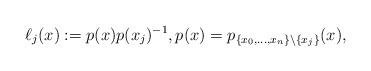
LaTeX: \begin{align*}\ell_j(x):= p(x) p(x_j)^{-1}, p(x)=p_{\{x_0,\ldots,x_n\}\setminus\{x_j\}}(x), \end{align*}